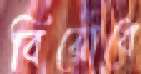
বিরোধে